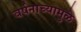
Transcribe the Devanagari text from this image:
वर्षनाच्यामुळे